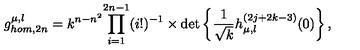
g _ { h o m , 2 n } ^ { \mu , \l } = k ^ { n - n ^ { 2 } } { \prod _ { i = 1 } ^ { 2 n - 1 } ( i ! ) ^ { - 1 } } \times \det \left\{ \frac { 1 } { \sqrt { k } } h _ { \mu , \l } ^ { ( 2 j + 2 k - 3 ) } ( 0 ) \right\} ,